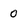
Character: 0